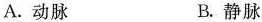
A.动脉 B.静脉